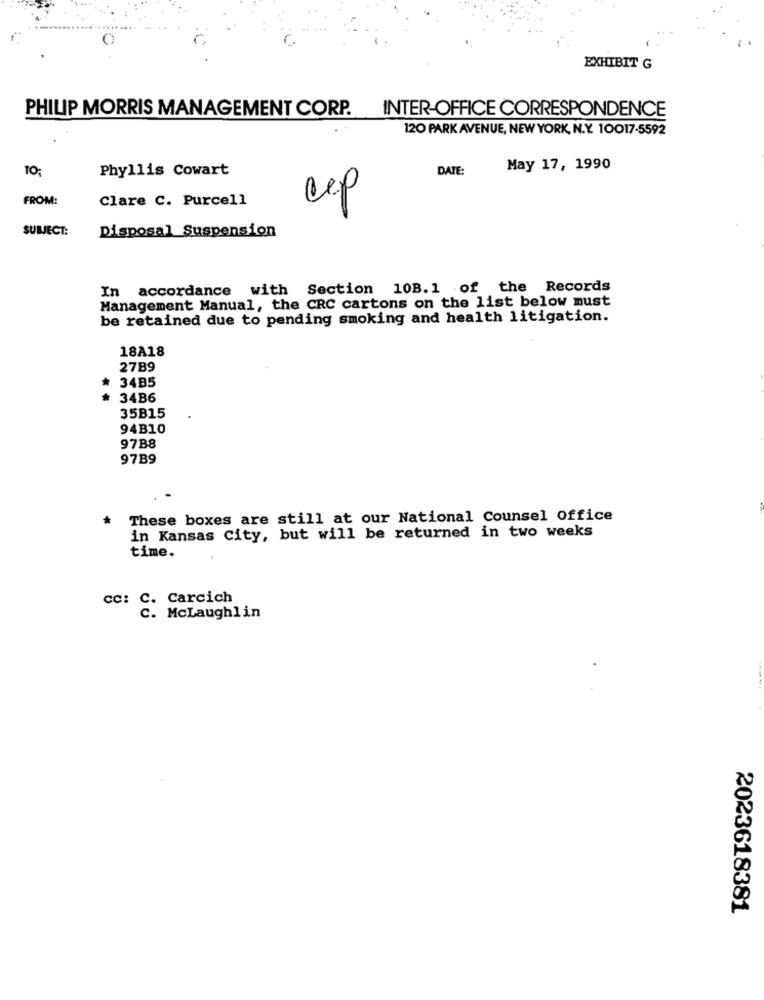
EXHIBIT G
PHILIP MORRIS MANAGEMENT CORP. INTER-OFFICE CORRESPONDENCE
120 PARK AVENUE, NEW YORK, N.Y. 10017-5592
Phyllis Cowart
DATE:
May 17, 1990
FROM:
Clare C. Purcell
cep
SUBJECT:
Disposal Suspension
In accordance with Section 10B.1 of the Records
Management Manual, the CRC cartons on the list below must
be retained due to pending smoking and health litigation.
18A18
27B9
34B5
34B6
35B15
94B10
97B8
97B9
These boxes are still at our National Counsel Office
in Kansas City, but will be returned in two weeks
time.
CC: C. Carcich
C. McLaughlin
2023618381